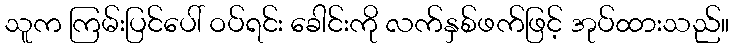
သူက ကြမ်းပြင်ပေါ် ဝပ်ရင်း ခေါင်းကို လက်နှစ်ဖက်ဖြင့် အုပ်ထားသည်။